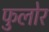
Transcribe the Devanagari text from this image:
फुलोर